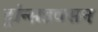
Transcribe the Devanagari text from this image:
ट्रांन्सडक्सन